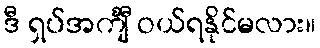
ဒီ ရှပ်အင်္ကျီ ဝယ်ရနိုင်မလား။